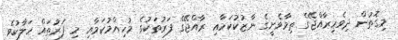
މިގޮތުން ދިވެހިރާއްޖޭގެ ތިމާވެށީގެ ނާޒުކުކަމާއި ރާއްޖޭގެ ފަރުތަކުގެ މުހިއްމުކަމާއި މި ފަރުތައް ހަލާކުވެ